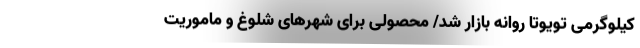
کیلوگرمی تویوتا روانه بازار شد/ محصولی برای شهرهای شلوغ و ماموریت